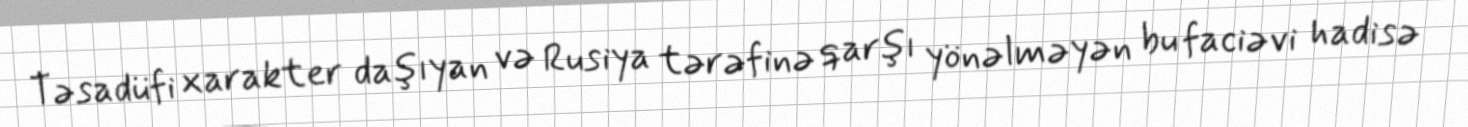
Təsadüfi xarakter daşıyan və Rusiya tərəfinə qarşı yönəlməyən bu faciəvi hadisə